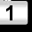
Digit: 1